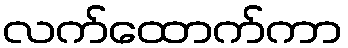
လက်ထောက်ကာ